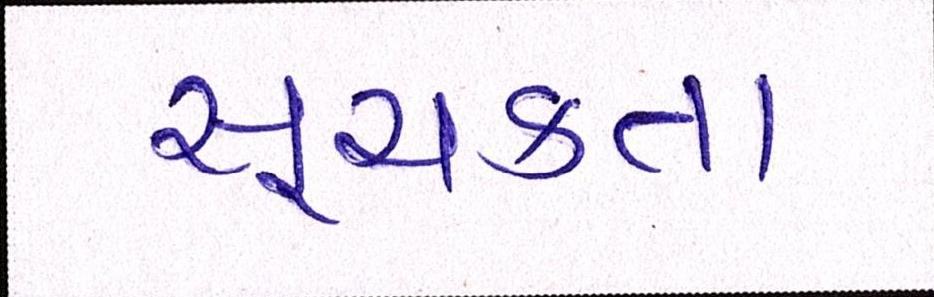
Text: સૂચકતા